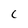
Character: C